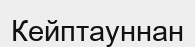
Кейптауннан